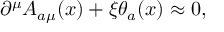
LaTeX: \partial ^ { \mu } A _ { a \mu } ( x ) + \xi \theta _ { a } ( x ) \approx 0 ,